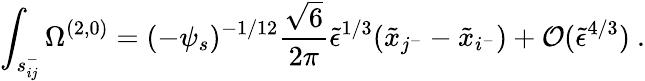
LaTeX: \int_{s_{ij}^{-}}\Omega^{(2,0)}=(-\psi_{s})^{-1/12}\frac{\sqrt{6}}{2\pi}\tilde{\epsilon}^{1/3}(\tilde{x}_{j^{-}}-\tilde{x}_{i^{-}})+{\cal O}(\tilde{\epsilon}^{4/3})\ .